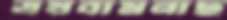
ত্রয়বামনাছ